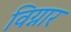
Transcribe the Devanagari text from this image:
विग्नार